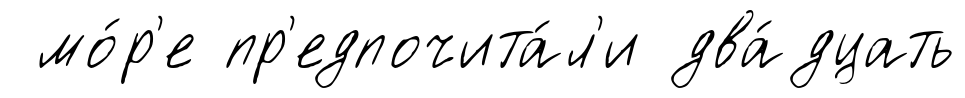
мо́р'е пр'едпочита́л'и два́дцать